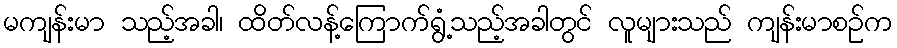
မကျန်းမာ သည့်အခါ၊ ထိတ်လန့်ကြောက်ရွံ့သည့်အခါတွင် လူများသည် ကျန်းမာစဉ်က